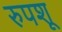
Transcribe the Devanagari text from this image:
रुपशू